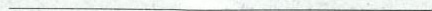
___